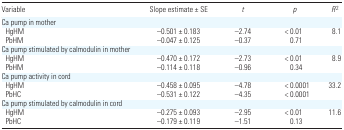
| Variable | Slope estimate ± SE | t | p | R2 |
 | --- | --- | --- | --- | --- |
 | <COLSPAN=5> Ca pump in mother |
 | HgHM | −0.501 ± 0.183 | −2.74 | < 0.01 | 8.1 |
 | PbHM | −0.047 ± 0.125 | −0.37 | 0.71 |  |
 | <COLSPAN=5> Ca pump stimulated by calmodulin in mother |
 | HgHM | −0.470 ± 0.172 | −2.73 | < 0.01 | 8.9 |
 | PbHM | −0.114 ± 0.118 | −0.96 | 0.34 |  |
 | <COLSPAN=5> Ca pump activity in cord |
 | HgHM | −0.458 ± 0.095 | −4.78 | < 0.0001 | 33.2 |
 | PbHC | −0.531 ± 0.122 | −4.35 | < 0.0001 |  |
 | <COLSPAN=5> Ca pump stimulated by calmodulin in cord |
 | HgHM | −0.275 ± 0.093 | −2.95 | < 0.01 | 11.6 |
 | PbHC | −0.179 ± 0.119 | −1.51 | 0.13 |  |